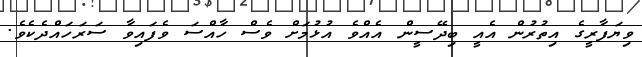
ވިޔަފާރީގެ އިތުރުން އެއީ ބިދޭސީން އެއްވެ އުޅުމަށް ވެސް ހާއްސަ ވެފައިވާ ސަރަހައްދެކެވެ.